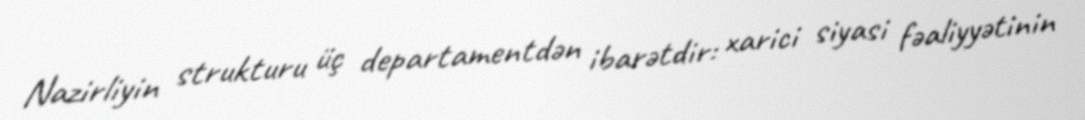
Nazirliyin strukturu üç departamentdən ibarətdir: xarici siyasi fəaliyyətinin